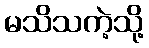
မသိသကဲ့သို့